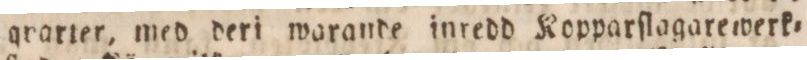
grarter, med deri warande inredd Kopparſlagarewerk=